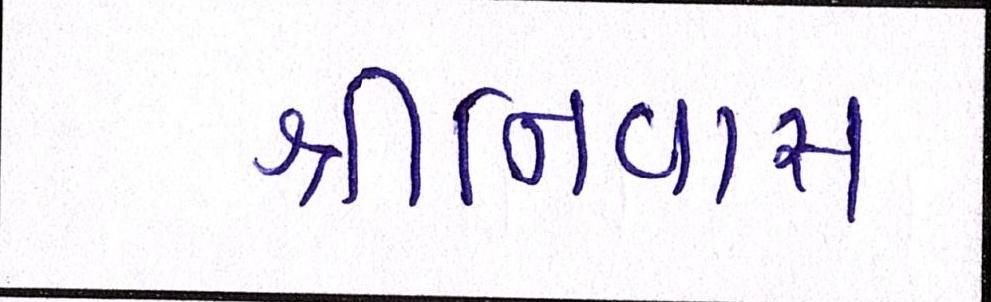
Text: શ્રીનિવાસ